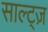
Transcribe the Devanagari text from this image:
साल्ट्ज़